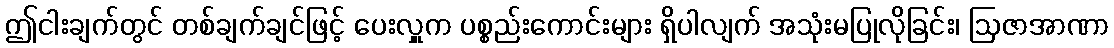
ဤငါးချက်တွင် တစ်ချက်ချင်ဖြင့် ပေးလှူက ပစ္စည်းကောင်းများ ရှိပါလျက် အသုံးမပြုလိုခြင်း၊ ဩဇာအာဏာ